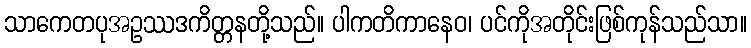
သာကေတပုအဥဿဒကိတ္တနတို့သည်။ ပါကတိကာနေဝ၊ ပင်ကိုအတိုင်းဖြစ်ကုန်သည်သာ။